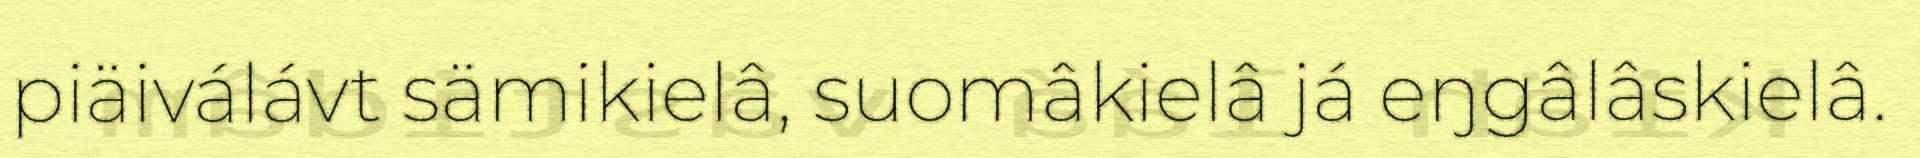
piäiválávt sämikielâ, suomâkielâ já eŋgâlâskielâ.